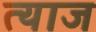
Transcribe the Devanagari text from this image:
त्याज